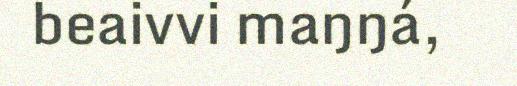
beaivvi maŋŋá,